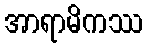
အာရာမိကဿ